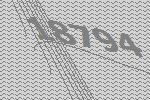
18794